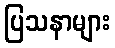
ပြသနာများ